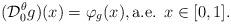
LaTeX: \begin{align*}(\mathcal{D}_0^\theta g)(x)=\varphi_g(x),\mbox{a.e. } x\in [0,1].\end{align*}